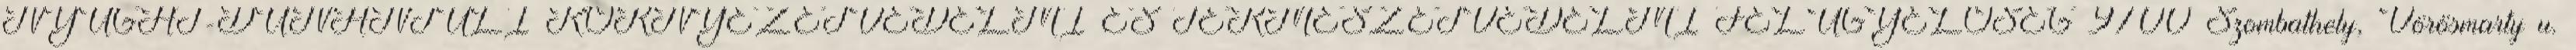
NYUGAT-DUNÁNTÚLI KÖRNYEZETVÉDELMI ÉS TERMÉSZETVÉDELMI FELÜGYELŐSÉG 9700 Szombathely, Vörösmarty u.